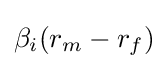
\beta _{i}(r_{m}-r_{f})